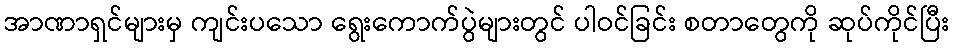
အာဏာရှင်များမှ ကျင်းပသော ရွေးကောက်ပွဲများတွင် ပါဝင်ခြင်း စတာတွေကို ဆုပ်ကိုင်ပြီး